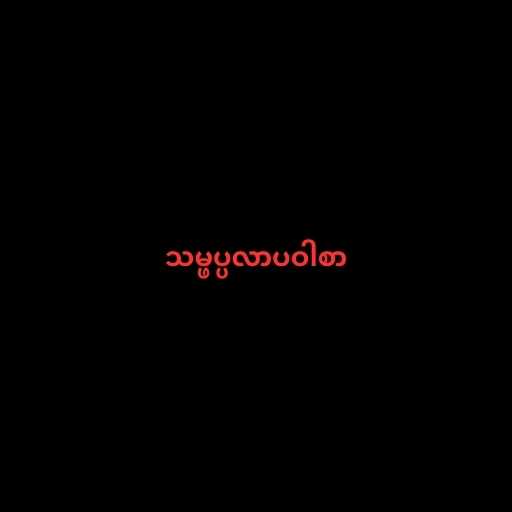
သမ္ဖပ္ပလာပဝါစာ